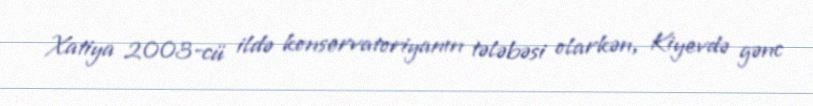
Xatiya 2003-cü ildə konservatoriyanın tələbəsi olarkən, Kiyevdə gənc